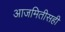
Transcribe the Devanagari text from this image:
आजमितीसही